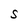
Character: S